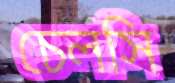
চেলসি